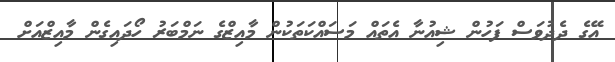
އޭގެ ދެދުވަސް ފަހުން ޝިއުނާ އެތައް މަސައްކަތަކުން މާއިޒްގެ ނަމްބަރު ހޯދައިގެން މާއިޒްއަށް